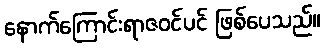
နောက်ကြောင်းရာဇဝင်ပင် ဖြစ်ပေသည်။